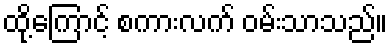
ထို့ကြောင့် စကားလက် ဝမ်းသာသည်။